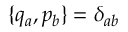
\{ q _ { a } , p _ { b } \} = \delta _ { a b }